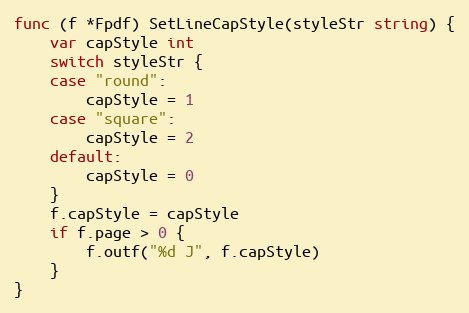
Language: Go
func (f *Fpdf) SetLineCapStyle(styleStr string) {
	var capStyle int
	switch styleStr {
	case "round":
		capStyle = 1
	case "square":
		capStyle = 2
	default:
		capStyle = 0
	}
	f.capStyle = capStyle
	if f.page > 0 {
		f.outf("%d J", f.capStyle)
	}
}